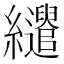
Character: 𦇶